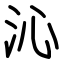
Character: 沁